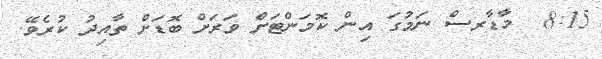
8:15  މާޑާރސް ނަމުގަ އިން ކޮމަންޓަށް ވަރަށް ބޮޑަށް ތާއިދު ކުރެވޭ.